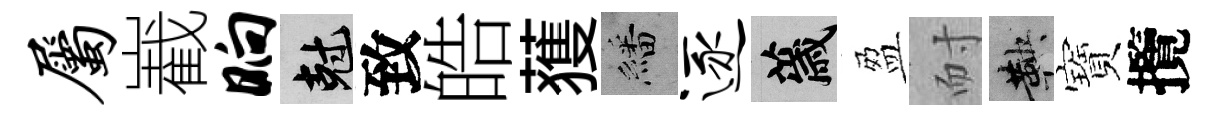
属嶻晌剋致皓𫉬繙逐薉盈耐鞅寶攬